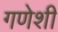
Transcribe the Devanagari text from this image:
गणेशी